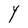
Character: Y